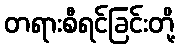
တရားစီရင်ခြင်းတို့